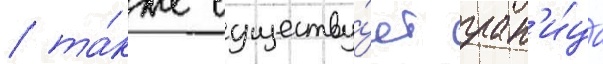
/ та́кже существу́ет гран'и́ца